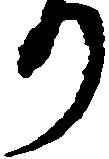
り